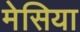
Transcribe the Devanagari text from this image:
मेसिया